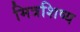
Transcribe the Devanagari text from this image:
मित्रशिष्य